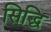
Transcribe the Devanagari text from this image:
सिद्घि